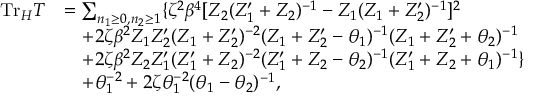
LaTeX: \begin{array} { r l } { { \mathrm { T r } _ { \cal H } T } } & { { = \sum _ { n _ { 1 } \geq 0 , n _ { 2 } \geq 1 } \{ \zeta ^ { 2 } \beta ^ { 4 } [ Z _ { 2 } ( Z _ { 1 } ^ { \prime } + Z _ { 2 } ) ^ { - 1 } - Z _ { 1 } ( Z _ { 1 } + Z _ { 2 } ^ { \prime } ) ^ { - 1 } ] ^ { 2 } } } \\ { { } } & { { \quad + 2 \zeta \beta ^ { 2 } Z _ { 1 } Z _ { 2 } ^ { \prime } ( Z _ { 1 } + Z _ { 2 } ^ { \prime } ) ^ { - 2 } ( Z _ { 1 } + Z _ { 2 } ^ { \prime } - \theta _ { 1 } ) ^ { - 1 } ( Z _ { 1 } + Z _ { 2 } ^ { \prime } + \theta _ { 2 } ) ^ { - 1 } } } \\ { { } } & { { \quad + 2 \zeta \beta ^ { 2 } Z _ { 2 } Z _ { 1 } ^ { \prime } ( Z _ { 1 } ^ { \prime } + Z _ { 2 } ) ^ { - 2 } ( Z _ { 1 } ^ { \prime } + Z _ { 2 } - \theta _ { 2 } ) ^ { - 1 } ( Z _ { 1 } ^ { \prime } + Z _ { 2 } + \theta _ { 1 } ) ^ { - 1 } \} } } \\ { { } } & { { \quad + \theta _ { 1 } ^ { - 2 } + 2 \zeta \theta _ { 1 } ^ { - 2 } ( \theta _ { 1 } - \theta _ { 2 } ) ^ { - 1 } , } } \end{array}